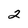
Character: 2